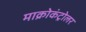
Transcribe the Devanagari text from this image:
माक्रोकंट्रोलर